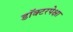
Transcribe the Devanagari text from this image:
डॉक्टरपेक्षा